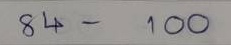
84 - 100